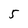
Character: 5